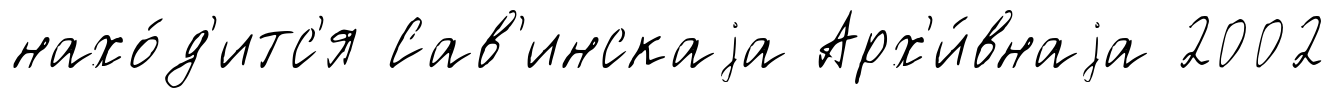
нахо́д'итс'я Сав'инскаjа Арх'и́внаjа 2002